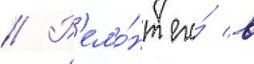
// Р'емо́нт его́ в